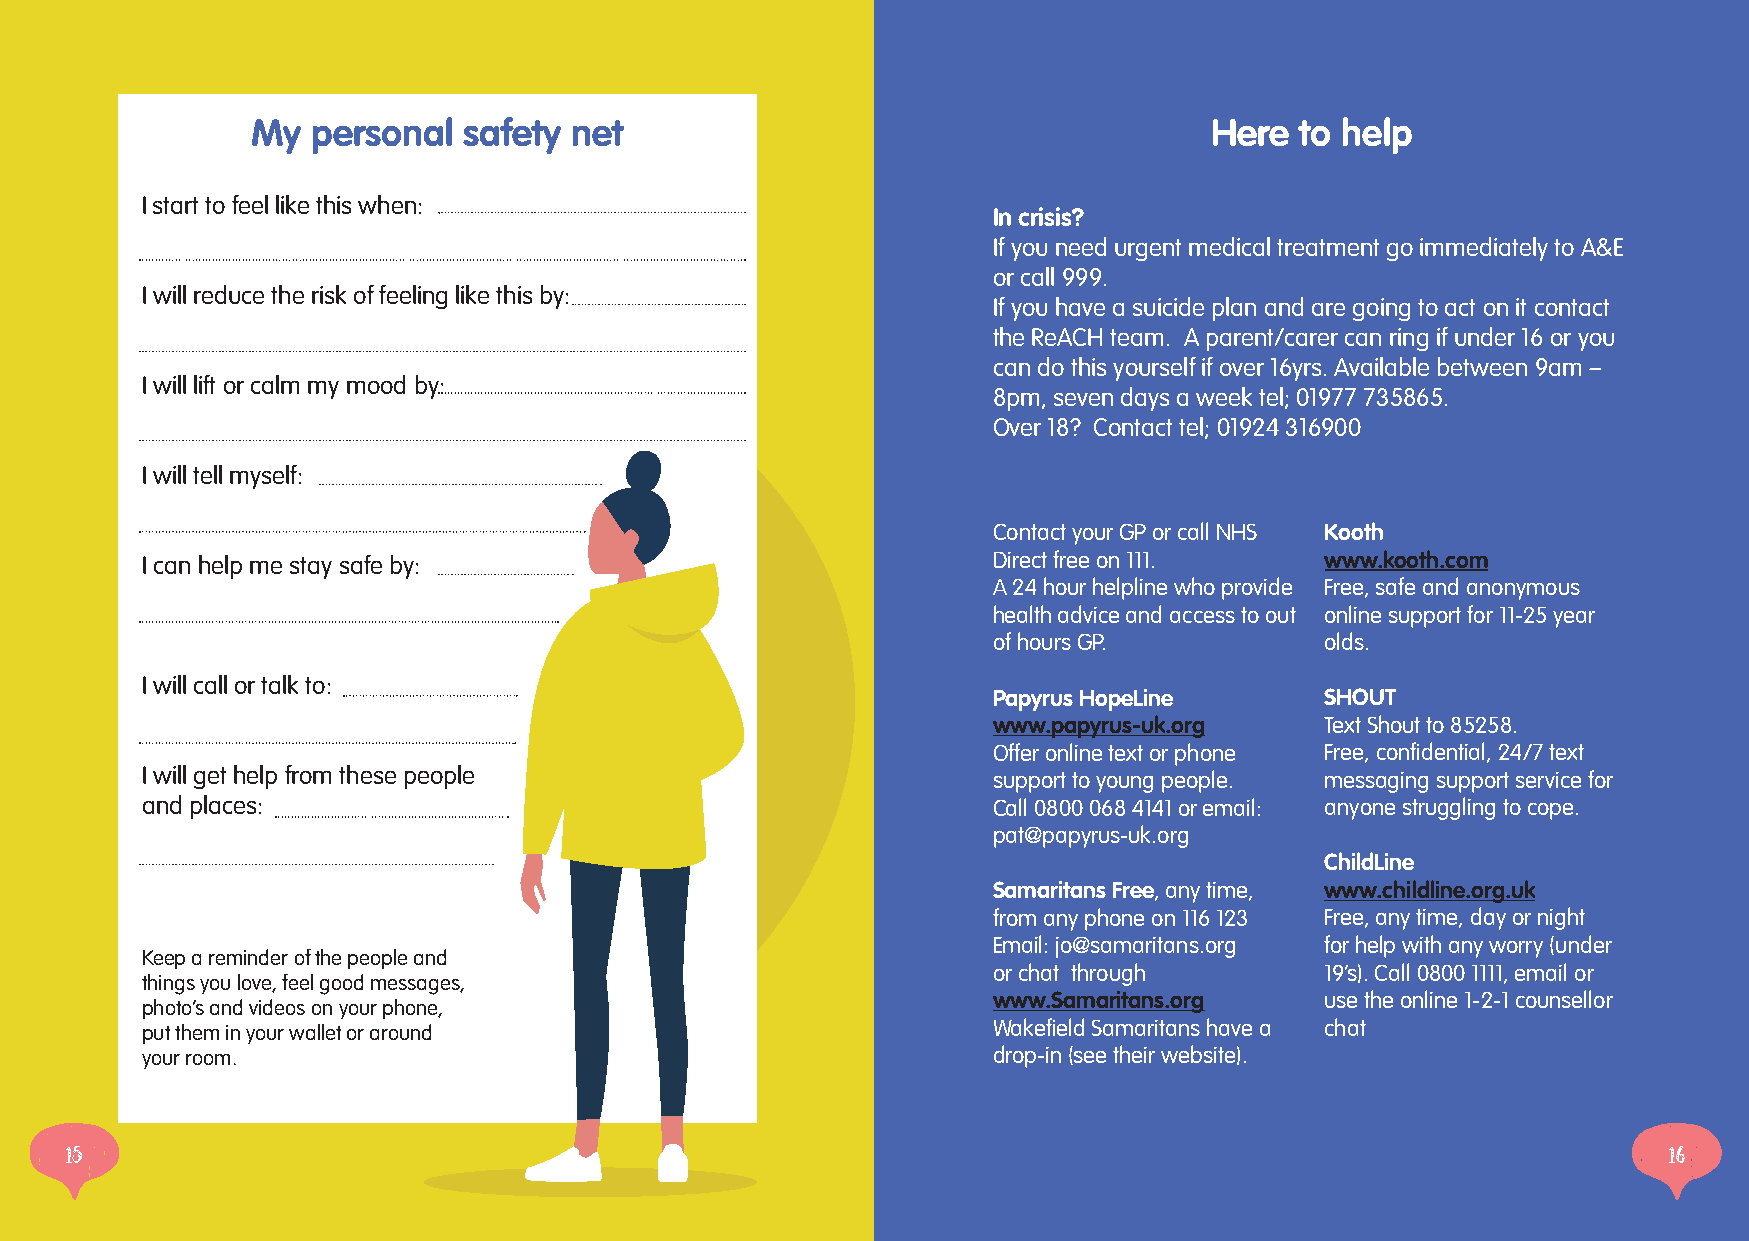
My  personal  safety net                                       Here  to help
 I start to feel like this when:
 In crisis?
 If you need urgent medical treatment go immediately to A&E
 or call 999.
 I will reduce the risk of feeling like this by:
 If you have a suicide plan and are going to act on it contact
 the ReACH team. A parent/carer can ring if under 16 or you
 can do this yourself if over 16yrs. Available between 9am –
 I will lift or calm my mood by:
 8pm, seven days a week tel; 01977 735865.
 Over 18? Contact tel; 01924 316900
 I will tell myself:
 Contact your GP or call NHS Kooth
 I can help me stay safe by:                              Direct free on 111.   www.kooth.com
 A 24 hour helpline who provide Free, safe and anonymous
 health advice and access to out online support for 11-25 year
 of hours GP.          olds.
 I will call or talk to:
 Papyrus HopeLine      SHOUT
 www.papyrus-uk.org    Text Shout to 85258.
 Offer online text or phone Free, confidential, 24/7 text
 I will get help from these people                        support to young people. messaging support service for
 and places:                                              Call 0800 068 4141 or email: anyone struggling to cope.
 pat@papyrus-uk.org
 ChildLine
 Samaritans Free, any time, www.childline.org.uk
 from any phone on 116 123 Free, any time, day or night
 Email: jo@samaritans.org for help with any worry (under
 Keep a reminder of the people and
 or chat through       19’s). Call 0800 1111, email or
 things you love, feel good messages,
 www.Samaritans.org    use the online 1-2-1 counsellor
 photo’s and videos on your phone,
 put them in your wallet or around                        Wakefield Samaritans have a chat
 your room.                                               drop-in (see their website).
 15                                                                                                        16